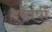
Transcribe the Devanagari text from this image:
दरवर्षी